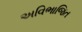
અવિભાજિત